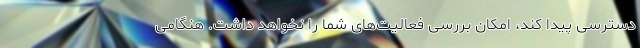
دسترسی پیدا کند، امکان بررسی فعالیت‌های شما را نخواهد داشت. هنگامی